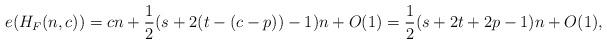
LaTeX: \begin{align*}e(H_F(n,c)) = cn + \frac{1}{2}(s+2(t-(c-p))-1)n+O(1) = \frac{1}{2}(s+2t+2p-1)n+O(1),\end{align*}